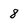
Character: 8